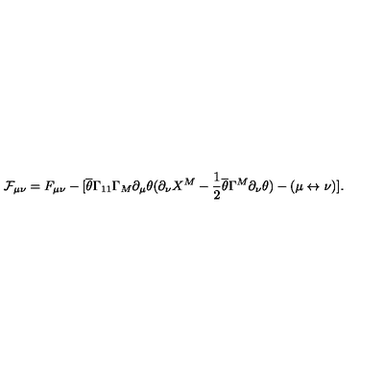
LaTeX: \mathcal { F } _ { \mu \nu } = F _ { \mu \nu } - [ \overline { { \theta } } \Gamma _ { 1 1 } \Gamma _ { M } \partial _ { \mu } \theta ( \partial _ { \nu } X ^ { M } - \frac { 1 } { 2 } \overline { { \theta } } \Gamma ^ { M } \partial _ { \nu } \theta ) - ( \mu \leftrightarrow \nu ) ] .